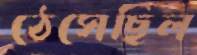
ঠেসেছিল